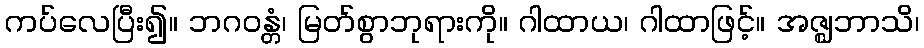
ကပ်လေပြီး၍။ ဘဂဝန္တံ၊ မြတ်စွာဘုရားကို။ ဂါထာယ၊ ဂါထာဖြင့်။ အဇ္ဈဘာသိ၊